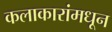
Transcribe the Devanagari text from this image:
कलाकारांमधून